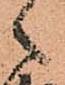
々